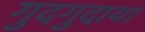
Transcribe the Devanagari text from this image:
गुदगुदाया